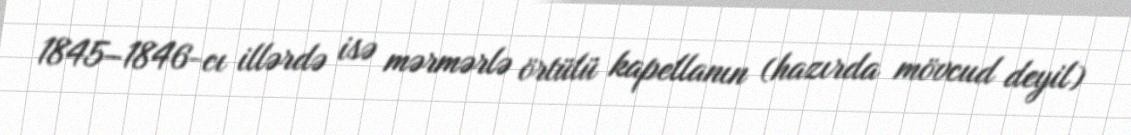
1845–1846-cı illərdə isə mərmərlə örtülü kapellanın (hazırda mövcud deyil)